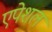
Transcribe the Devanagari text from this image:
एपेशल